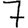
Digit: 7